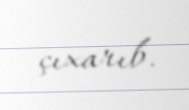
çıxarıb.